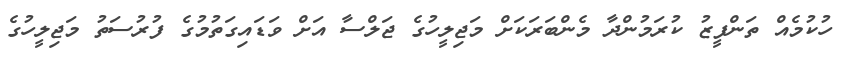
ހުކުމެއް ތަންފީޒު ކުރަމުންދާ މެންބަރަކަށް މަޖިލީހުގެ ޖަލްސާ އަށް ވަޑައިގަތުމުގެ ފުރުސަތު މަޖިލީހުގެ